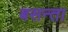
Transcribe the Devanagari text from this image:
बसन्ता